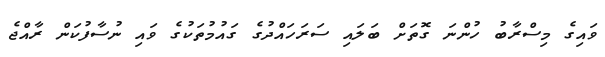
ވައިގެ މިސްރާބު ހުންނަ ގޮތަށް ބަލައި ސަރަހައްދުގެ ގައުމުތަކުގެ ވައި ނުސާފުކަން ރާއްޖެ